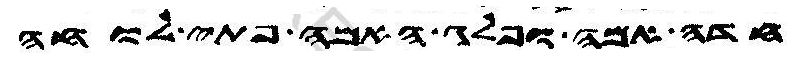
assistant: חדה אמה ופלג האמה פתי לוחה